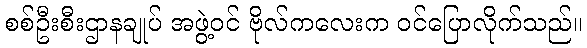
စစ်ဦးစီးဌာနချုပ် အဖွဲ့ဝင် ဗိုလ်ကလေးက ဝင်ပြောလိုက်သည်။